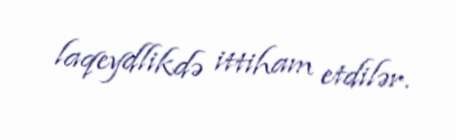
laqeydlikdə ittiham etdilər.